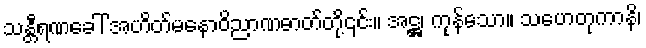
သန္တီရဏခေါ် အဟိတ်မနောဝိညာဏဓာတ်တို့၎င်း။ အဋ္ဌ၊ ကုန်သော။ သဟေတုကာနိ၊